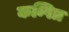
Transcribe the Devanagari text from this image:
कम्पित्र